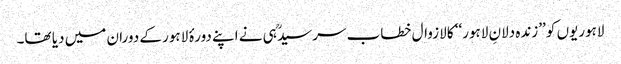
لاہوریوں کو ’’زندہ دلانِ لاہور‘‘ کا لازوال خطاب سرسیدؒ ہی نے اپنے دورۂ لاہور کے دوران میں دیا تھا۔